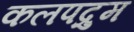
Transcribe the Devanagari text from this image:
कलपद्रुम